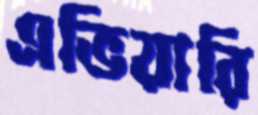
এভিয়ারি